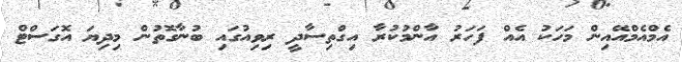
އެމްއެމްއޭއިން މަހަކު އެއް ފަހަރު އާންމުކުރާ އިގްތިސާދީ ރިވިއުގައި ބުނާގޮތުން މިދިޔަ އޮގަސްޓް